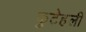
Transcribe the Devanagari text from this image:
फुटेहली